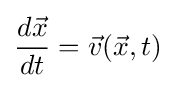
{\frac {d{\vec {x}}}{dt}}={\vec {v}}({\vec {x}},t)